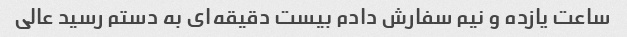
ساعت یازده و نیم سفارش دادم بیست دقیقه‌ای به دستم رسید عالی